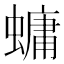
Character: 䗤